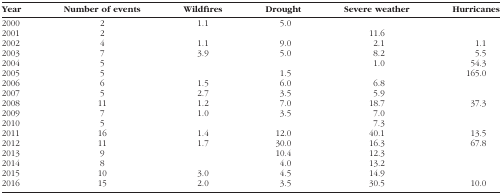
<table><thead><tr><td><b>Year</b></td><td><b>Number of events</b></td><td><b>Wildfires</b></td><td><b>Drought</b></td><td><b>Severe weather</b></td><td><b>Hurricanes</b></td></tr></thead><tbody><tr><td>2000</td><td>2</td><td>1.1</td><td>5.0</td><td></td><td></td></tr><tr><td>2001</td><td>2</td><td></td><td></td><td>11.6</td><td></td></tr><tr><td>2002</td><td>4</td><td>1.1</td><td>9.0</td><td>2.1</td><td>1.1</td></tr><tr><td>2003</td><td>7</td><td>3.9</td><td>5.0</td><td>8.2</td><td>5.5</td></tr><tr><td>2004</td><td>5</td><td></td><td></td><td>1.0</td><td>54.3</td></tr><tr><td>2005</td><td>5</td><td></td><td>1.5</td><td></td><td>165.0</td></tr><tr><td>2006</td><td>6</td><td>1.5</td><td>6.0</td><td>6.8</td><td></td></tr><tr><td>2007</td><td>5</td><td>2.7</td><td>3.5</td><td>5.9</td><td></td></tr><tr><td>2008</td><td>11</td><td>1.2</td><td>7.0</td><td>18.7</td><td>37.3</td></tr><tr><td>2009</td><td>7</td><td>1.0</td><td>3.5</td><td>7.0</td><td></td></tr><tr><td>2010</td><td>5</td><td></td><td></td><td>7.3</td><td></td></tr><tr><td>2011</td><td>16</td><td>1.4</td><td>12.0</td><td>40.1</td><td>13.5</td></tr><tr><td>2012</td><td>11</td><td>1.7</td><td>30.0</td><td>16.3</td><td>67.8</td></tr><tr><td>2013</td><td>9</td><td></td><td>10.4</td><td>12.3</td><td></td></tr><tr><td>2014</td><td>8</td><td></td><td>4.0</td><td>13.2</td><td></td></tr><tr><td>2015</td><td>10</td><td>3.0</td><td>4.5</td><td>14.9</td><td></td></tr><tr><td>2016</td><td>15</td><td>2.0</td><td>3.5</td><td>30.5</td><td>10.0</td></tr></tbody></table>